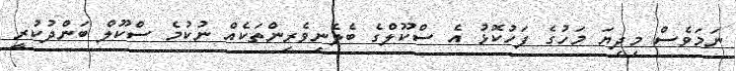
ނަމަވެސް މިދިޔަ މަހުގެ ފަހުކޮޅު އެ ސްކޫލްގެ ބެލެނިވެރިންތަކެއް ނުކުމެ ސްކޫލް ބަންދުކުރީ